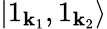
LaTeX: |1_{\mathbf{k}_{1}},1_{\mathbf{k}_{2}}\rangle